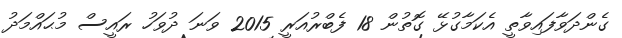
ގެންދަވާފައިވާތީ އެކަމާގުޅޭ ގޮތުން 18 ފެބްރުއަރީ 2015 ވަނަ ދުވަހު ރައީސް މުޙައްމަދު